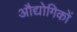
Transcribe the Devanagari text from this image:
औद्योगिकों